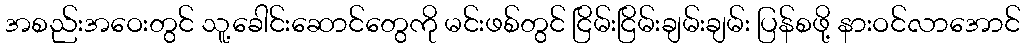
အစည်းအဝေးတွင် သူ့ခေါင်းဆောင်တွေကို မင်းဖစ်တွင် ငြိမ်းငြိမ်းချမ်းချမ်း ပြန်စဖို့ နားဝင်လာအောင်